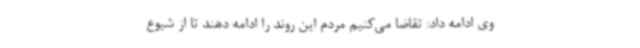
وی ادامه داد: تقاضا می‌کنیم مردم این روند را ادامه دهند تا از شیوع